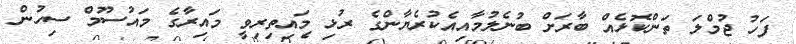
ފަހު ޖުމްލަ ތަންކޮޅެއް ބާރަށް ބުނެލުމާއިއެކުރެޔާންގެ ރުޅި މައިތިރިވީ މައިރާގެ މައުސޫމް ސިހުން